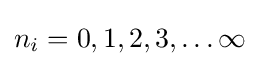
n_{i}=0,1,2,3,\ldots \infty